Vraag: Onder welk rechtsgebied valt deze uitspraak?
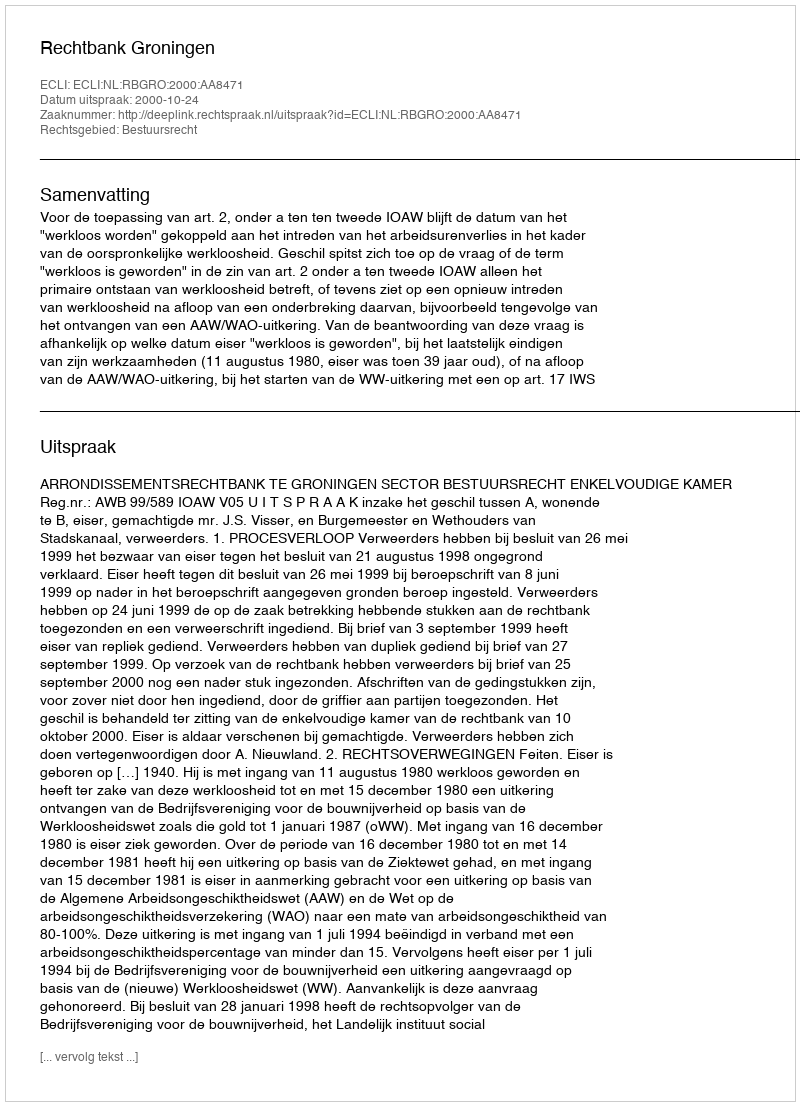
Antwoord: Bestuursrecht